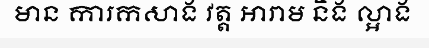
មាន ការកសាង វត្ត អារាម និង ល្អាង